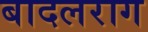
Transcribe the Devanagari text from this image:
बादलराग